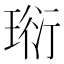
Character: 𤦷